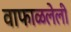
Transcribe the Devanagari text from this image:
वाफाळलेली